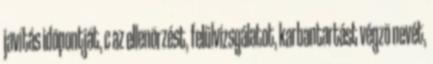
javítás idõpontját, c az ellenõrzést, felülvizsgálatot, karbantartást végzõ nevét,